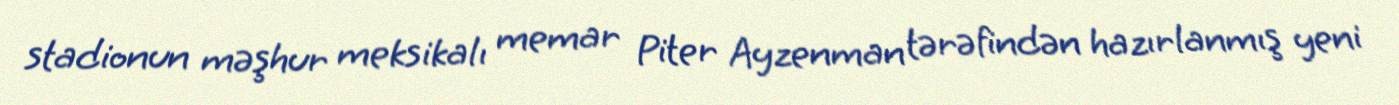
stadionun məşhur meksikalı memar Piter Ayzenman tərəfindən hazırlanmış yeni